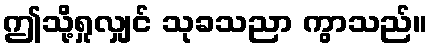
ဤသို့ရှုလျှင် သုခသညာ ကွာသည်။